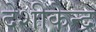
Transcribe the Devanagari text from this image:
देशीकेन्द्र